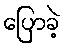
ပြောခဲ့